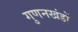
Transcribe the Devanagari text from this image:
गुणनखंडों